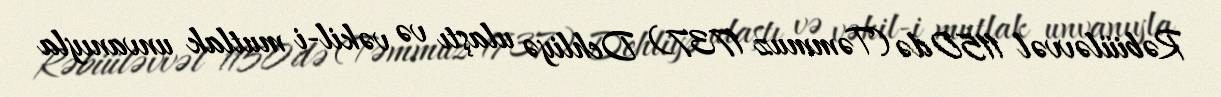
Rəbiüləvvəl 1150də (Təmmuz 1737) Dehliyə ulaştı və vəkil-i mutlak unvanıyla